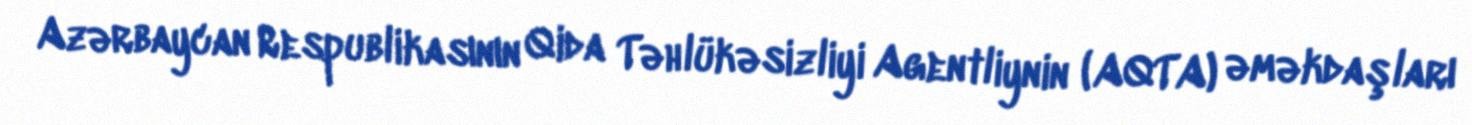
Azərbaycan Respublikasının Qida Təhlükəsizliyi Agentliynin (AQTA) əməkdaşları